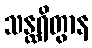
သန္ထရိတွာန